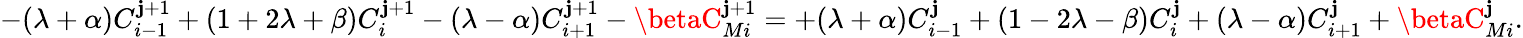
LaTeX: -(\lambda+\alpha)C_{i-1}^{\mathbf{j}+1}+(1+2\lambda+\beta)C_{i}^{\mathbf{j}+1}-(\lambda-\alpha)C_{i+1}^{\mathbf{j}+1}-\betaC_{Mi}^{\mathbf{j}+1}=+(\lambda+\alpha)C_{i-1}^{\mathbf{j}}+(1-2\lambda-\beta)C_{i}^{\mathbf{j}}+(\lambda-\alpha)C_{i+1}^{\mathbf{j}}+\betaC_{Mi}^{\mathbf{j}}.